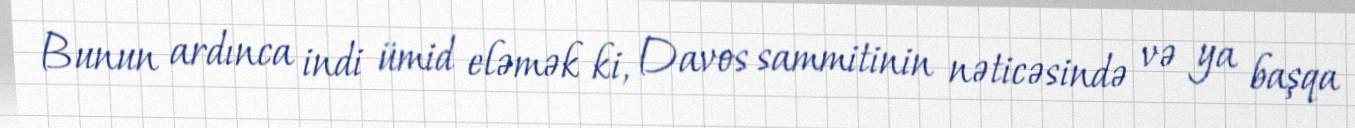
Bunun ardınca indi ümid eləmək ki, Davos sammitinin nəticəsində və ya başqa